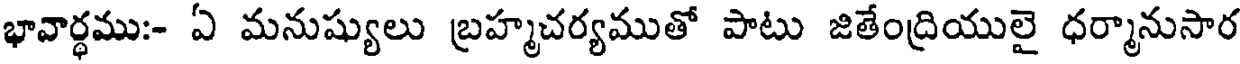
భావార్థము:- ఏ మనుష్యులు బ్రహ్మచర్యముతో పాటు జితేంద్రియులై ధర్మానుసార